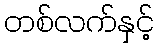
တစ်လက်နှင့်